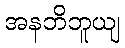
အနဘိဘူယျ